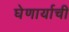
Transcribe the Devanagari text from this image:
घेणार्याची